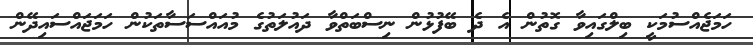
ހަމަޖެއްސުމަކީ ބިލްގައިވާ ގޮތުން އެ ދެ ބޭފުޅުން ނިސްބަތްވާ ދައުލަތުގެ މުއައްސަސާތަކުން ހަމަޖައްސައިދޭން